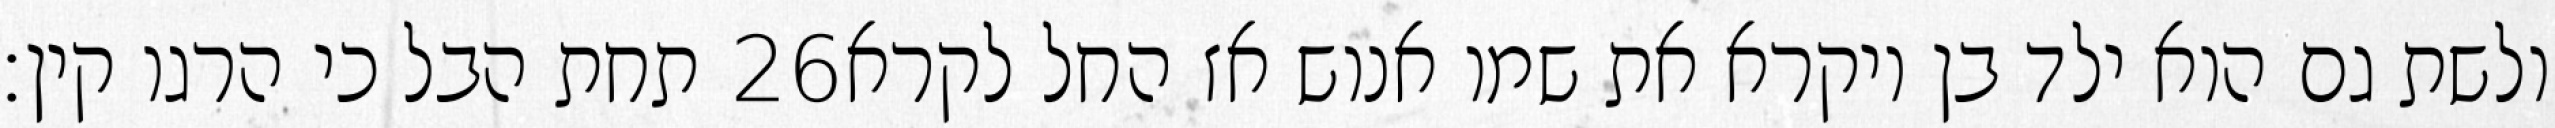
תחת הבל כי הרגו קין׃ ‎26‏ ולשת גם הוא ילד בן ויקרא את שמו אנוש אז החל לקרא